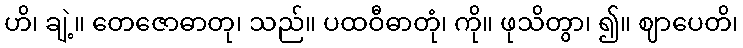
ဟိ၊ ချဲ့။ တေဇောဓာတု၊ သည်။ ပထဝီဓာတုံ၊ ကို။ ဖုသိတွာ၊ ၍။ ဈာပေတိ၊